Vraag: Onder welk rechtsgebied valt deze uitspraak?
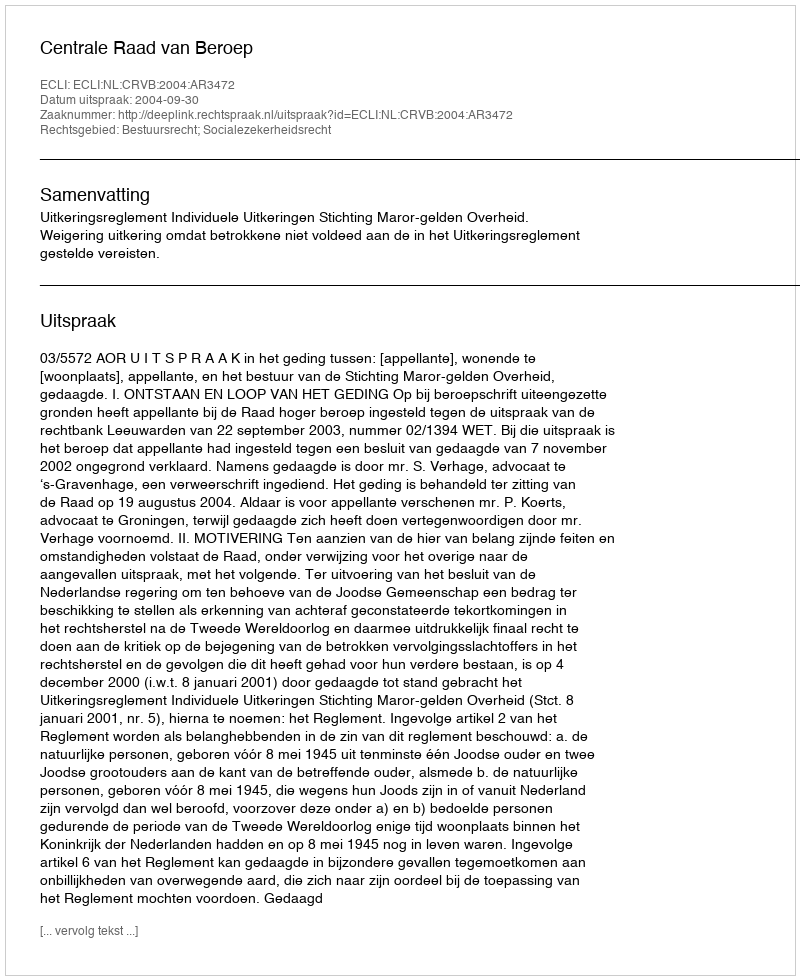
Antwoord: Bestuursrecht; Socialezekerheidsrecht